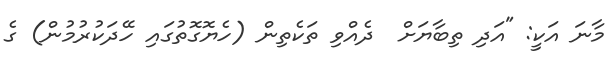
މާނަ އަކީ: "އަދި ތިބާޔަށް  ދެއްވި ތަކެތިން (ހެޔޮގޮތުގައި ހޭދަކުރުމުން) ގެ